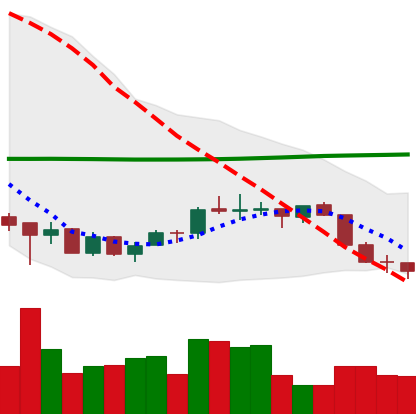
Ticker: EOS-USD
Chart end date: 2018-07-12
Forward return: 27.251%
Label: up_7plus